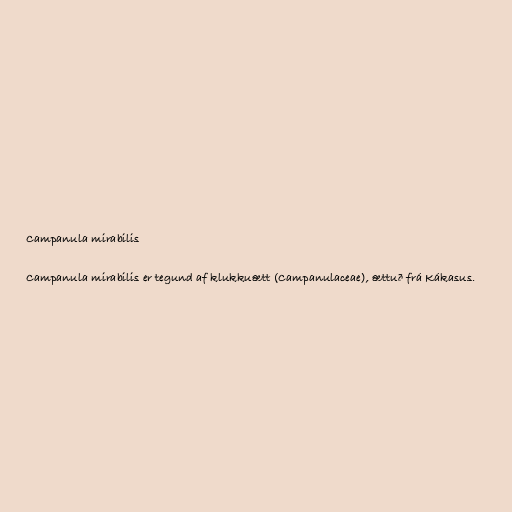
Campanula mirabilis

Campanula mirabilis er tegund af klukkuætt (Campanulaceae), ættuð frá Kákasus.